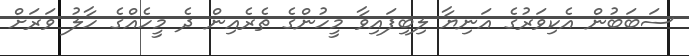
ސަބަބުން އެކިވަރުގެ އަނިޔާ ލިބިފައިވާ މީހުންގެ ތެރެއިން ދެ މީހެއްގެ ހާލު ވަރަށް